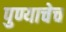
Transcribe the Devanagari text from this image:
पुण्याचेच